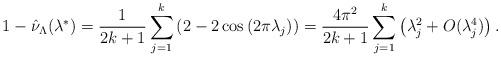
LaTeX: \begin{align*} 1- \hat{\nu}_{\Lambda}(\lambda^*) = \frac{1}{2k+1}\sum_{j=1}^k \left(2 -2\cos\left(2\pi \lambda_j \right) \right) = \frac{4\pi^2}{2k+1}\sum_{j=1}^k\left(\lambda_j^2 + O(\lambda_j^4) \right). \end{align*}